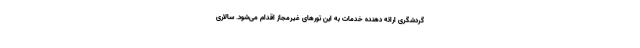
گردشگری ارائه دهنده خدمات به این تورهای غیرمجاز اقدام می‌شود. سالاری